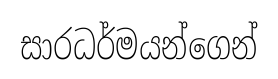
සාරධර්මයන්ගෙන්